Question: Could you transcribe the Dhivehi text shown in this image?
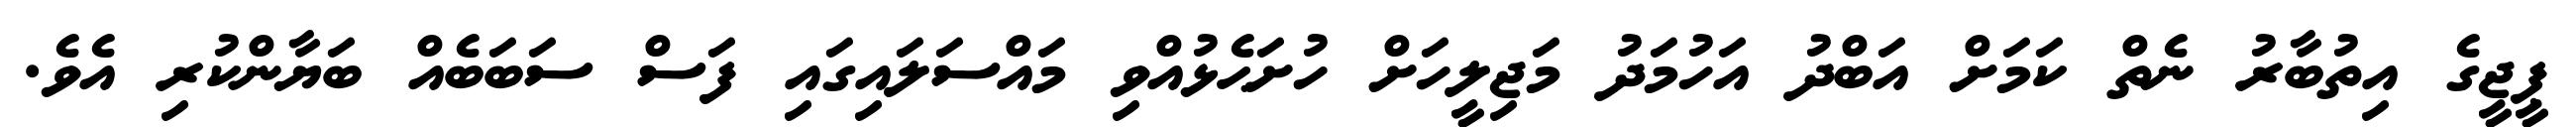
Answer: ޕީޖީގެ އިތުބާރު ނެތް ކަމަށް އަބްދު އަހުމަދު މަޖިލީހަށް ހުށަޙެޅުއްވި މައްސަލައިގައި ފަސް ސަބަބެއް ބަޔާންކުރި އެވެ.